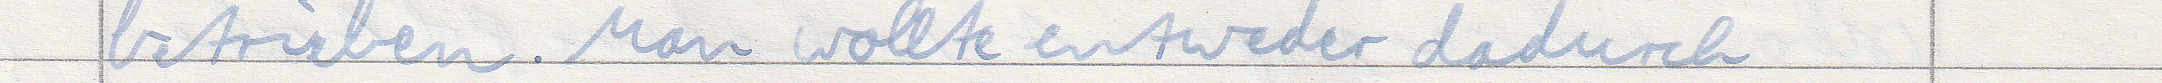
betrieben. Man wollte entweder dadurch